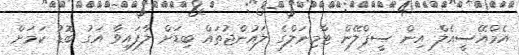
އެމްއޭސީއެލް އިން ސީޕްލޭން ޓާމިނަލްގެ ލައުންޖުތައް ބިޑަށް ލާފައިވާ އަގު ބޮޑު ކަމަށް